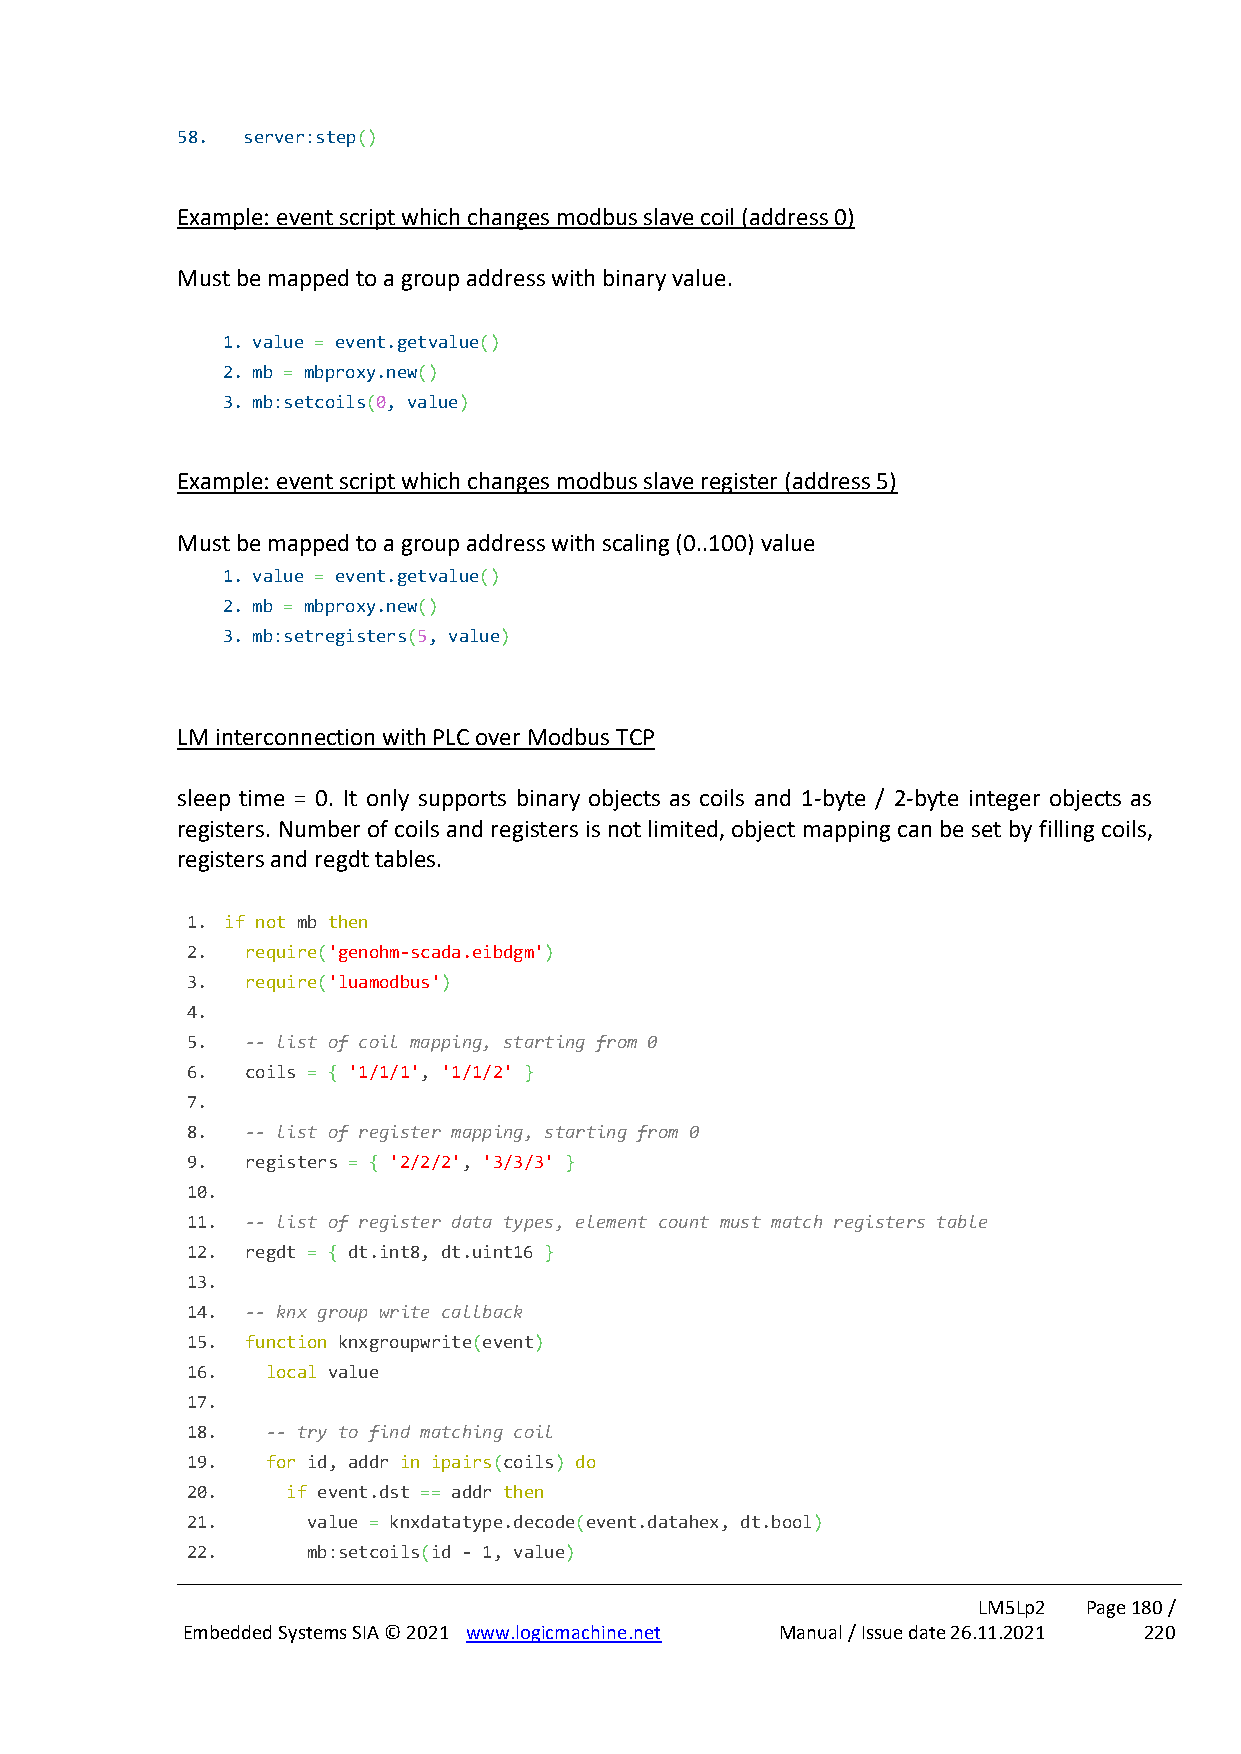
58. server:step()
 Example: event script which changes modbus slave coil (address 0)
 Must be mapped to a group address with binary value.
 1. value = event.getvalue()
 2. mb = mbproxy.new()
 3. mb:setcoils(0, value)
 Example: event script which changes modbus slave register (address 5)
 Must be mapped to a group address with scaling (0..100) value
 1. value = event.getvalue()
 2. mb = mbproxy.new()
 3. mb:setregisters(5, value)
 LM interconnection with PLC over Modbus TCP
 sleep time = 0. It only supports binary objects as coils and 1-byte / 2-byte integer objects as
 registers. Number of coils and registers is not limited, object mapping can be set by filling coils,
 registers and regdt tables.
 1. if not mb then
 2.  require('genohm-scada.eibdgm')
 3.  require('luamodbus')
 4.
 5.  -- list of coil mapping, starting from 0
 6.  coils = { '1/1/1', '1/1/2' }
 7.
 8.  -- list of register mapping, starting from 0
 9.  registers = { '2/2/2', '3/3/3' }
 10.
 11. -- list of register data types, element count must match registers table
 12. regdt = { dt.int8, dt.uint16 }
 13.
 14. -- knx group write callback
 15. function knxgroupwrite(event)
 16.   local value
 17.
 18.   -- try to find matching coil
 19.   for id, addr in ipairs(coils) do
 20.    if event.dst == addr then
 21.     value = knxdatatype.decode(event.datahex, dt.bool)
 22.     mb:setcoils(id - 1, value)
 LM5Lp2 Page 180 /
 Embedded Systems SIA © 2021 www.logicmachine.net Manual / Issue date 26.11.2021 220